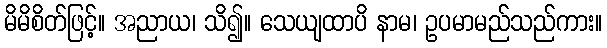
မိမိစိတ်ဖြင့်။ အညာယ၊ သိ၍။ သေယျထာပိ နာမ၊ ဥပမာမည်သည်ကား။